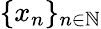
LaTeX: \{ x_{n}\} _{n\in\mathbb{N}}